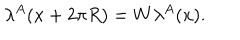
LaTeX: \lambda ^ { A } ( x + 2 \pi R ) = W \lambda ^ { A } ( x ) .